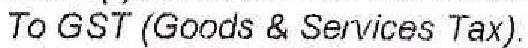
TO GST (GOODS & SERVICES TAX)